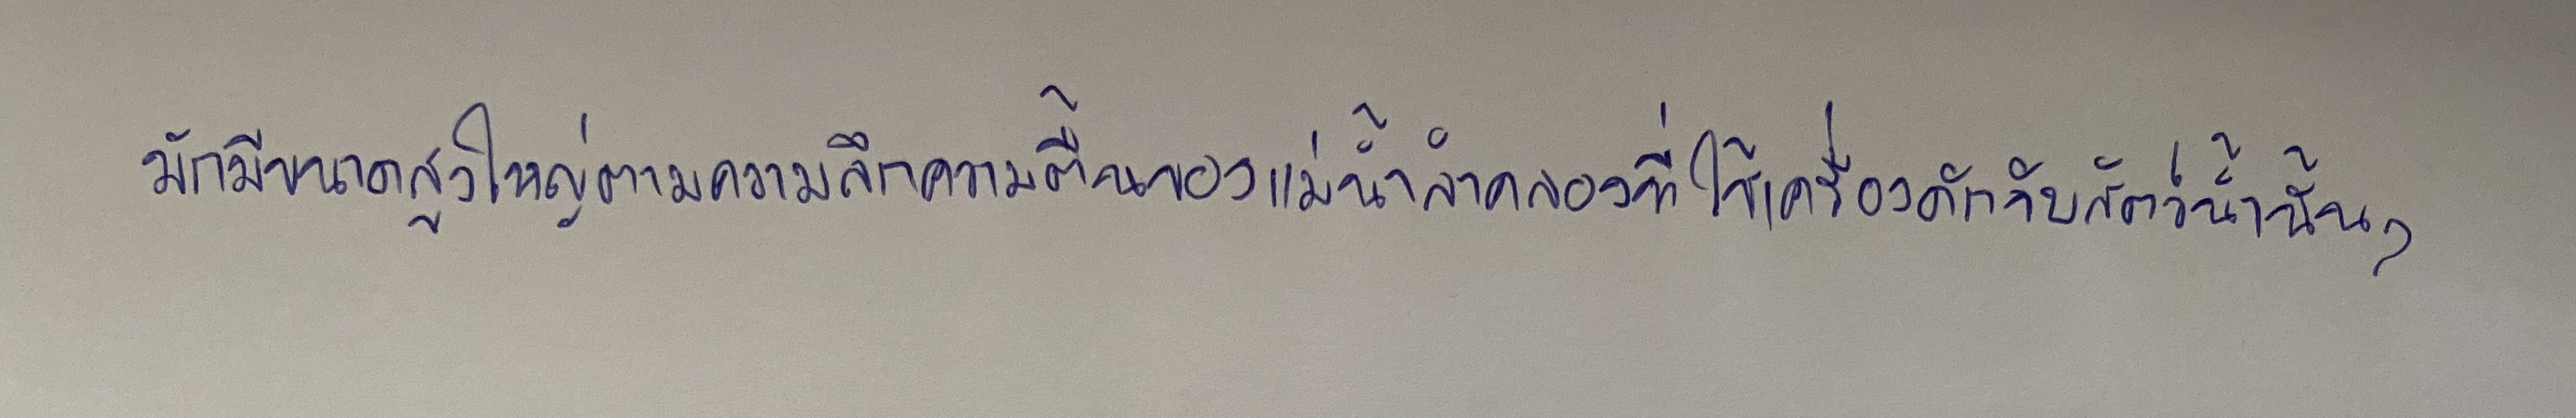
มักมีขนาดสูงใหญ่ตามความลึกความตื้นของแม่น้ำลำคลองที่ใช้เครื่องดักจับสัตว์น้ำนั้นๆ